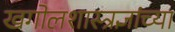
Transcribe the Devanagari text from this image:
खगोलशास्त्रज्ञांच्या